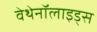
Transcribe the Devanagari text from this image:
वेथेनॉलाइड्स